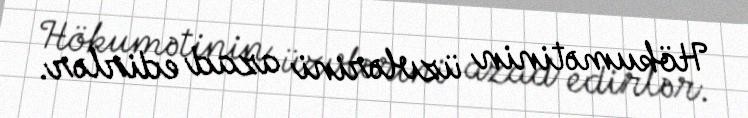
Hökumətinin üzvlərini azad edirlər.